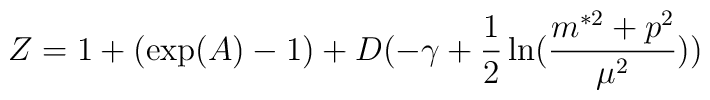
Z=1+(\exp(A)-1)+D(-\gamma+\frac{1}{2}\ln(\frac{m^{\ast2}+p^{2}}{\mu^{2}}))